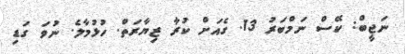
ނަޖީބް: ކޭސް ނަމްބަރު 13. ގެއަށް ކުރާ ޒިޔާރަތް. ހުޅުމާލެ. ނުވަ ގަޑި